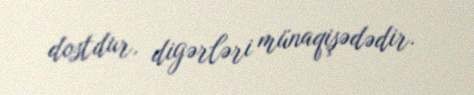
dostdur, digərləri münaqişədədir.